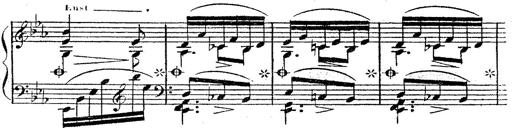
Title: 12 Lieder von Franz Schubert
Composer: Franz Liszt